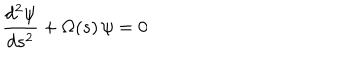
{ \frac { d ^ { 2 } \psi } { d s ^ { 2 } } } + \Omega ( s ) \, \psi = 0